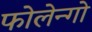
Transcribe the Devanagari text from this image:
फोलेन्गो